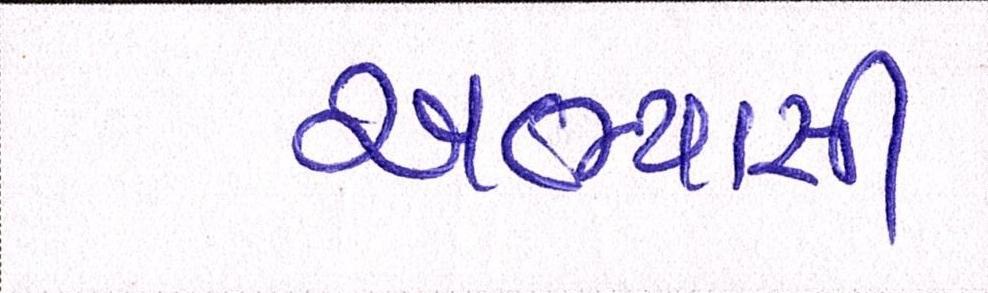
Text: અભ્યાસી